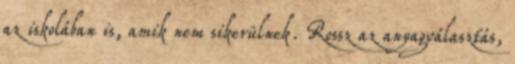
az iskolában is, amik nem sikerülnek. Rossz az anyagválasztás,